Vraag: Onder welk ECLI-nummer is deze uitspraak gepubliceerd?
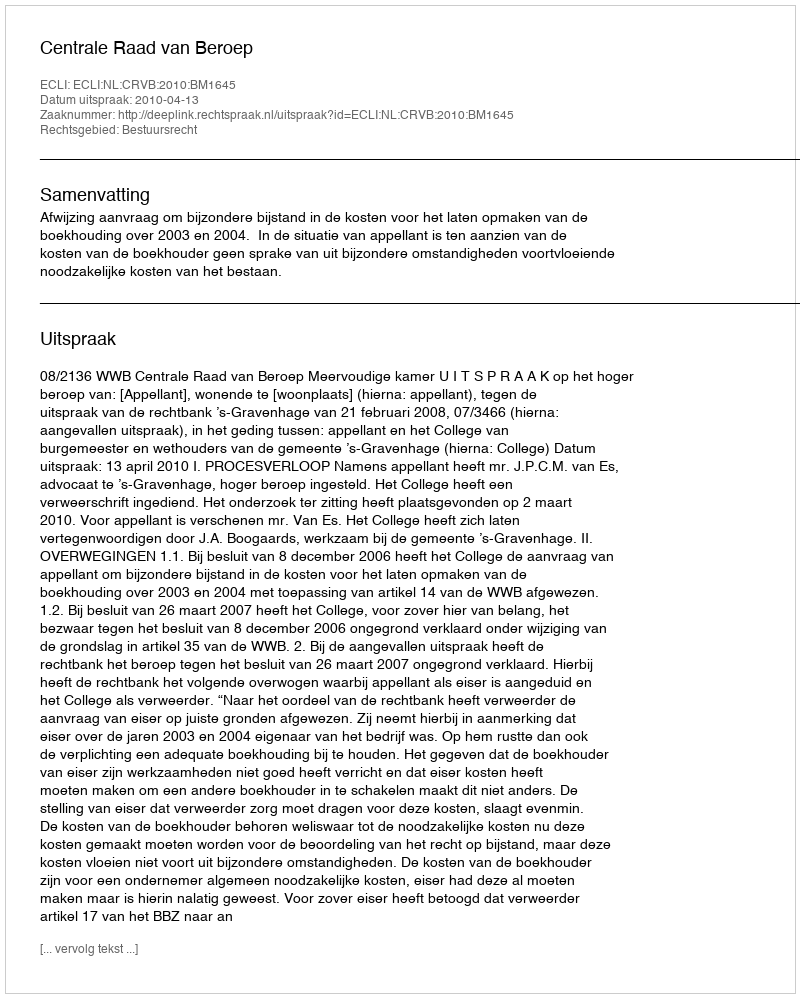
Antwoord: ECLI:NL:CRVB:2010:BM1645